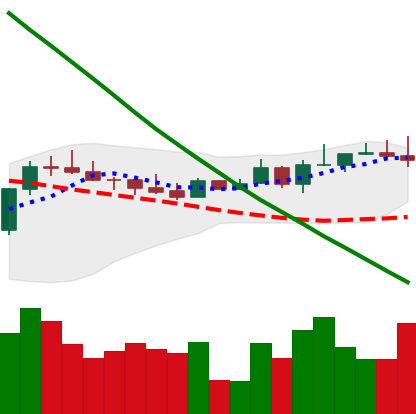
Ticker: BTC-USD
Chart end date: 2022-08-15
Forward return: -12.309%
Label: down_7plus